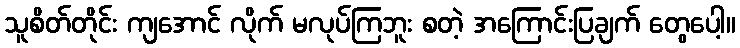
သူစိတ်တိုင်း ကျအောင် လိုက် မလုပ်ကြဘူး စတဲ့ အကြောင်းပြချက် တွေပေါ့။